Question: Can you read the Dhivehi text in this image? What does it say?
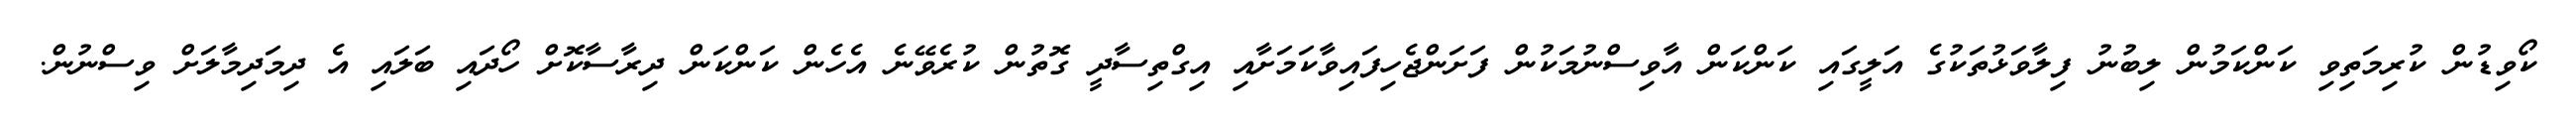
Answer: ކޯވިޑުން ކުރިމަތިވި ކަންކަމުން ލިބުނު ފިލާވަޅުތަކުގެ އަލީގައި ކަންކަން އާވިސްނުމަކުން ފަށަންޖެހިފައިވާކަމަށާއި އިގްތިސާދީ ގޮތުން ކުރެވޭނެ އެހެން ކަންކަން ދިރާސާކޮށް ހޯދައި ބަލައި އެ ދިމަދިމާލަށް ވިސްނުން.